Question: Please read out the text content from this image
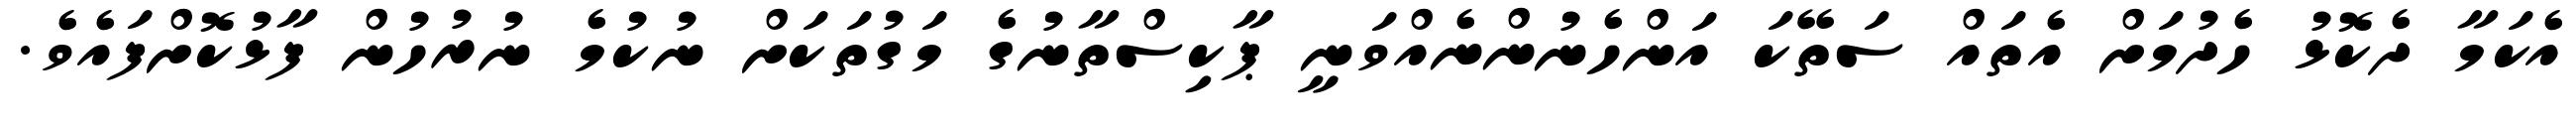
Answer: އެކަމާ ދެކޮޅު ހެދުމަށް އެތައް ސަތޭކަ އަންހެނުންނެއްވަނީ ޕާކިސްތާނުގެ މަގުތަކަށް ނުކުމެ ނުރުހުން ފާޅުކޮށްފައެވެ.